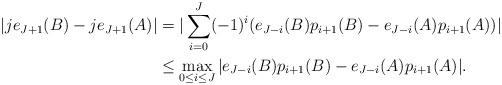
LaTeX: \begin{align*}|je_{J + 1}(B) - je_{J + 1}(A)| &= |\sum_{i = 0}^{J}(-1)^{i}(e_{J - i}(B)p_{i + 1}(B) - e_{J - i}(A)p_{i + 1}(A))|\\& \leq \max_{0 \leq i \leq J}|e_{J - i}(B)p_{i + 1}(B) - e_{J - i}(A)p_{i + 1}(A)|.\end{align*}